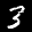
Label: 3